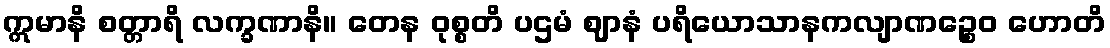
ဣမာနိ စတ္တာရိ လက္ခဏာနိ။ တေန ဝုစ္စတိ ပဌမံ ဈာနံ ပရိယောသာနကလျာဏဉ္စေဝ ဟောတိ